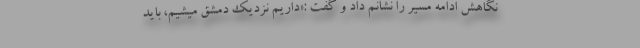
نگاهش ادامه مسیر را نشانم داد و گفت :«داریم نزدیک دمشق میشیم، باید